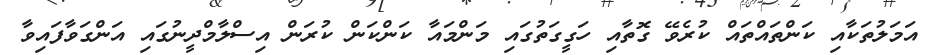
އަމަލުތަކާއި ކަންތައްތައް ކުރެވޭ ގޮތާއި ހަގީގަތުގައި މަންމައާ ކަންކަން ކުރަން އިސްލާމްދީނުގައި އަންގަވާފައިވާ